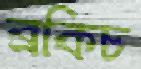
ব্রকিচ